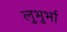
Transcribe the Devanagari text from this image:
लुभुर्भा